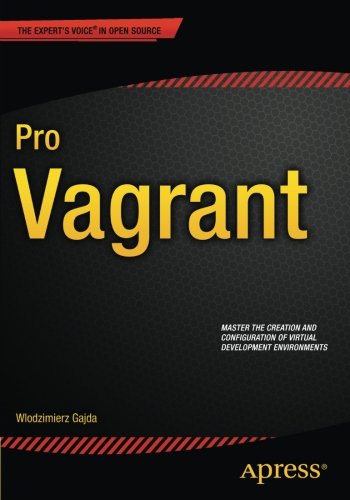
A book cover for Pro Vagrant; Wlodzimierz Gajda; Computers & Technology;